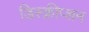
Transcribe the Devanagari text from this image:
डिस्क्रीप्शन